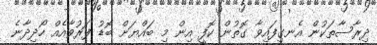
ދިރާސާތަކުން އެނގިފައިވާ ގޮތުން ކޮފީ އިން މި ބައްޔަށް ބޮޑު ފަރުވާއެއް ހޯދިދާނެ